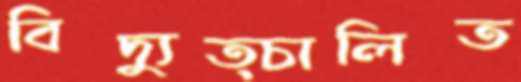
বিদ্যুত্চালিত